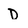
Character: D